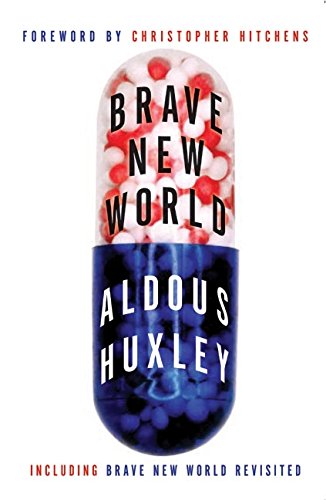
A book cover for Brave New World and Brave New World Revisited; Aldous Huxley; Science Fiction & Fantasy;